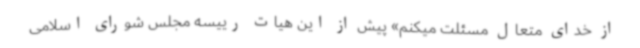
از خدای متعال مسئلت میکنم» پیش از این هیات رییسه مجلس شورای اسلامی